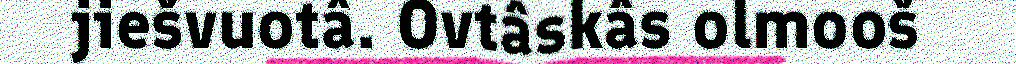
jiešvuotâ. Ovtâskâs olmooš